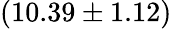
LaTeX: (10.39\pm 1.12)\